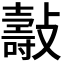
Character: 𣀓